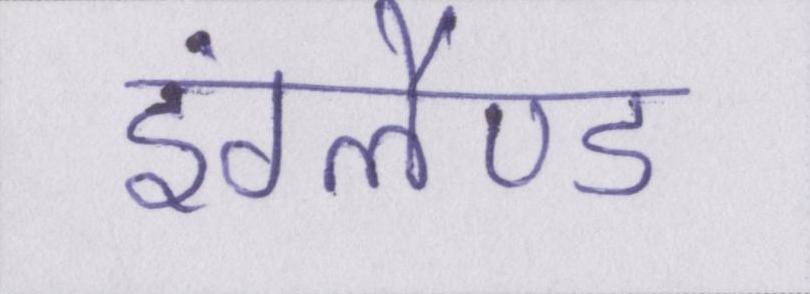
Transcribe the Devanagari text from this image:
इंग्लैण्ड